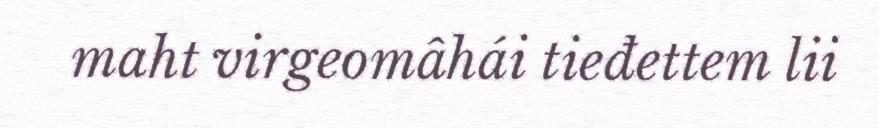
maht virgeomâhái tieđettem lii